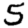
Digit: 5